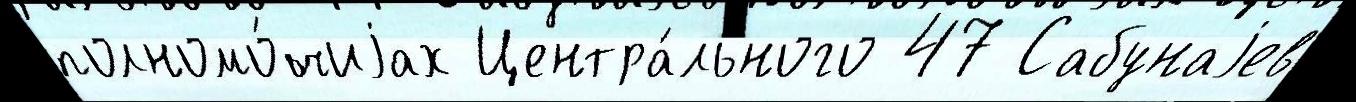
полномо́чиjах Центра́льного 47 Сабунаjев